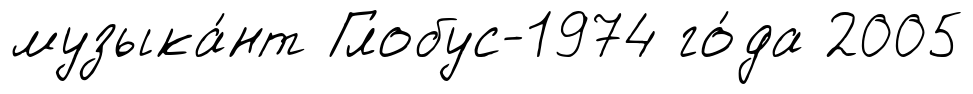
музыка́нт Глобус-1974 го́да 2005